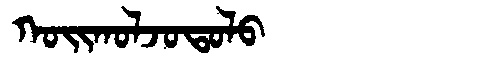
Manchu: ᡴᠣᡳᡴᠣᠯᠵᠣᡨᠣᠯᠣ
Romanization: KOIKOLJOTOLO